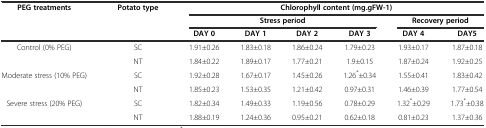
<table><thead><tr><td rowspan="3"><b>PEG treatments</b></td><td rowspan="3"><b>Potato type</b></td><td colspan="6"><b>Chlorophyll content (mg.gFW-1)</b></td></tr><tr><td colspan="4"><b>Stress period</b></td><td colspan="2"><b>Recovery period</b></td></tr><tr><td><b>DAY 0</b></td><td><b>DAY 1</b></td><td><b>DAY 2</b></td><td><b>DAY 3</b></td><td><b>DAY 4</b></td><td><b>DAY5</b></td></tr></thead><tbody><tr><td rowspan="2">Control (0% PEG)</td><td>SC</td><td>1.91±0.26</td><td>1.83±0.18</td><td>1.86±0.24</td><td>1.79±0.23</td><td>1.93±0.17</td><td>1.87±0.18</td></tr><tr><td>NT</td><td>1.84±0.22</td><td>1.89±0.17</td><td>1.77±0.21</td><td>1.9±0.15</td><td>1.87±0.24</td><td>1.92±0.25</td></tr><tr><td rowspan="2">Moderate stress (10% PEG)</td><td>SC</td><td>1.92±0.28</td><td>1.67±0.17</td><td>1.45±0.26</td><td>1.26<sup>*</sup>±0.34</td><td>1.55±0.41</td><td>1.83±0.42</td></tr><tr><td>NT</td><td>1.85±0.23</td><td>1.53±0.35</td><td>1.21±0.42</td><td>0.97±0.31</td><td>1.46±0.39</td><td>1.77±0.54</td></tr><tr><td rowspan="2">Severe stress (20% PEG)</td><td>SC</td><td>1.82±0.34</td><td>1.49±0.33</td><td>1.19±0.56</td><td>0.78±0.29</td><td>1.32<sup>*</sup>±0.29</td><td>1.73<sup>*</sup>±0.38</td></tr><tr><td>NT</td><td>1.88±0.19</td><td>1.24±0.36</td><td>0.95±0.21</td><td>0.62±0.18</td><td>0.81±0.23</td><td>1.37±0.36</td></tr></tbody></table>